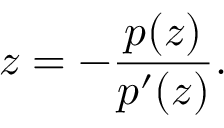
z = - \frac { p ( z ) } { p ^ { \prime } ( z ) } .